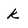
Character: k